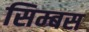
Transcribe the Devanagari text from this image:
सिम्बस